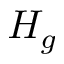
H _ { g }